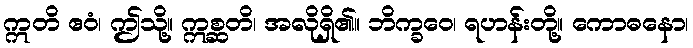
ဣတိ ဧဝံ၊ ဤသို့။ ဣစ္ဆတိ၊ အလိုရှိ၏။ ဘိက္ခဝေ၊ ရဟန်းတို့။ ကောဓနော၊